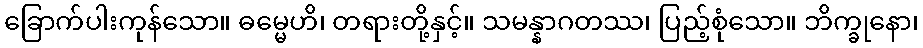
ခြောက်ပါးကုန်သော။ ဓမ္မေဟိ၊ တရားတို့နှင့်။ သမန္နာဂတဿ၊ ပြည့်စုံသော။ ဘိက္ခုနော၊